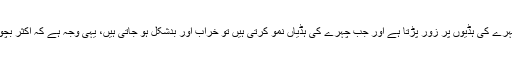
نوجوان لوگوں میں منہ سے مسلسل سانس لینے سے چہرے کی ہڈیوں پر زور پڑتا ہے اور جب چہرے کی ہڈیاں نمو کرتی ہیں تو خراب اور بدشکل ہو جاتی ہیں، یہی وجہ ہے کہ اکثر بچوں میں غدودہ -گلے کے غدودوں کو نکال دیا جاتا ہے۔